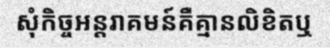
សុំកិច្ចអន្តរាគមន៍គឺគ្មានលិខិតឬ